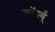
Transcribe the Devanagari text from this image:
कॉर्स्यू